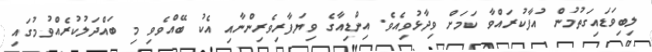
ލިބިވަޑައިގަތުމުން އުފާކުރައްވާ ކަމަށް ވިދާޅުވިއެވެ. އިންޑިއާގެ ވިޔަފާރިވެރިންނާއި އެކު ބޭއްވެވި މި ބައްދަލުކުރެއްވުމުގައި